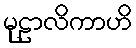
မုဠာလိကာဟိ